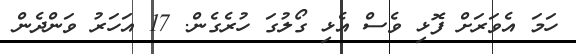
ހަމަ އެވަރަށް ފޮޅި ވެސް އެޅި ގޯލުގަ ހުރެގެން. 17 އަހަރު ވަންދެން